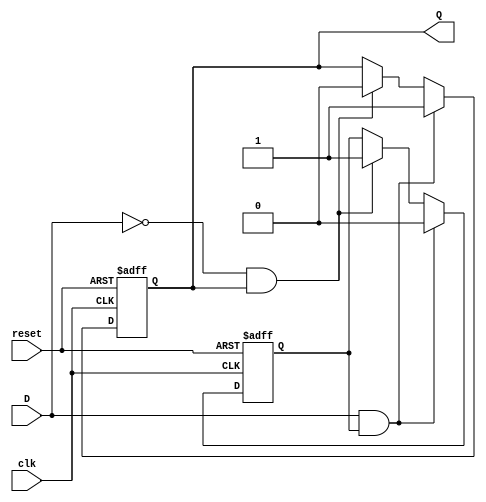
module schmitt_trigger_buffer (
    input wire clk,
    input wire reset,
    input wire D,
    output reg Q
);

parameter THRESHOLD_HIGH = 1'b1; // Threshold voltage level for rising edge
parameter THRESHOLD_LOW = 1'b0; // Threshold voltage level for falling edge

reg Q_bar;

always @ (posedge clk or posedge reset) begin
    if (reset) begin
        Q <= 1'b0;
        Q_bar <= 1'b1;
    end else begin
        if (D == THRESHOLD_HIGH && Q_bar) begin
            Q <= 1'b1;
            Q_bar <= 1'b0;
        end else if (D == THRESHOLD_LOW && Q) begin
            Q <= 1'b0;
            Q_bar <= 1'b1;
        end
    end
end

endmodule